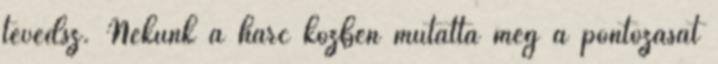
tévedsz. Nekünk a harc közben mutatta meg a pontozását